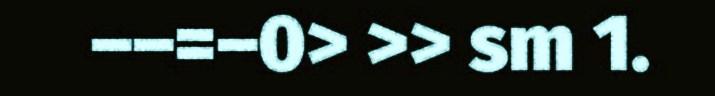
––=–0> >> sm 1.